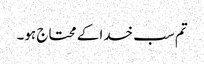
تم سب خدا کے محتاج ہو۔